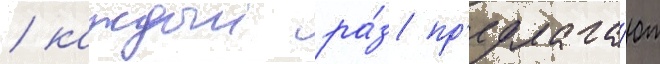
/ каждыи ра́з пр'едлага́ют